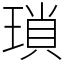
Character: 瑣